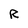
Character: R